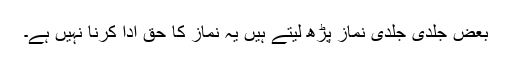
بعض جلدی جلدی نماز پڑھ لیتے ہیں یہ نماز کا حق ادا کرنا نہیں ہے۔